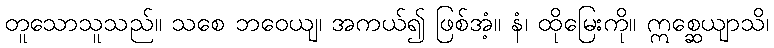
တူသောသူသည်။ သစေ ဘဝေယျ၊ အကယ်၍ ဖြစ်အံ့။ နံ၊ ထိုမြေးကို။ ဣစ္ဆေယျာသိ၊